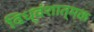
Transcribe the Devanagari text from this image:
विध्वंशात्मक